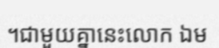
។ជាមួយគ្នានេះលោក ឯម